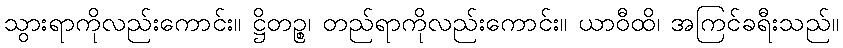
သွားရာကိုလည်းကောင်း။ ဋ္ဌိတဉ္စ၊ တည်ရာကိုလည်းကောင်း။ ယာဝီထိ၊ အကြင်ခရီးသည်။